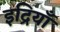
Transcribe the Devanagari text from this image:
इद्रियाँ